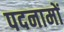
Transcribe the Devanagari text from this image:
पदनामों